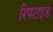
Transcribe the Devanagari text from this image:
रिपटाइड